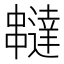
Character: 𠁺